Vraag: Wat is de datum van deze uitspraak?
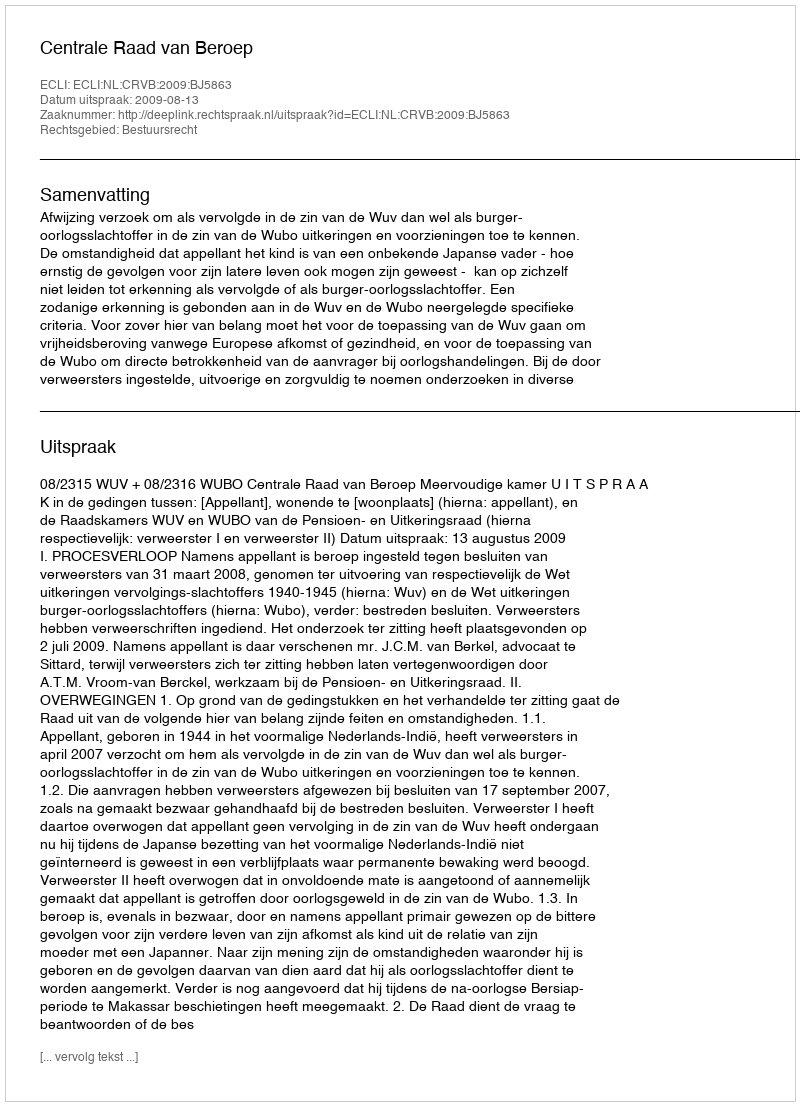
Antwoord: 2009-08-13